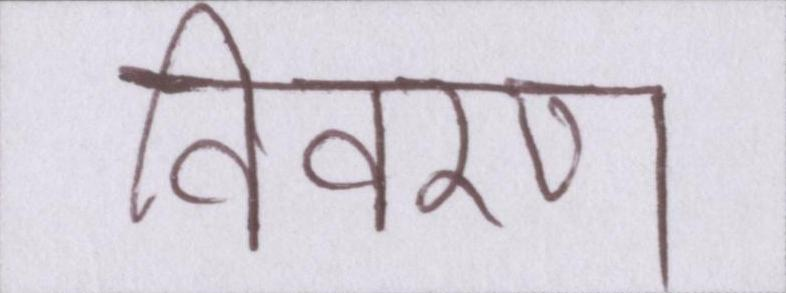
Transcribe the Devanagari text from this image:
विवरण